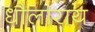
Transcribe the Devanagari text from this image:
धौलाराय